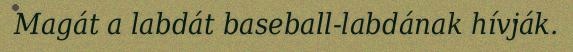
Magát a labdát baseball-labdának hívják.